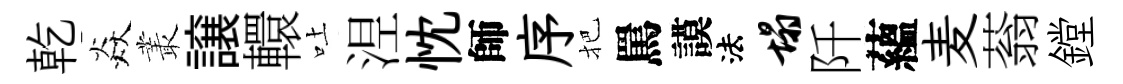
乾焱叢譲轘吐𣵀忱師序把罵謨法塌阡蘊麦蓊鏜